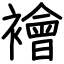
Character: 襘